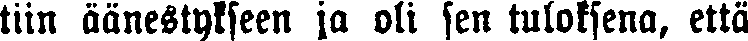
tiin äänestykseen ja oli sen tuloksena, että